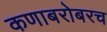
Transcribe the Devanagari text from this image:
कणाबरोबरच